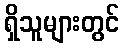
ရှိသူများတွင်